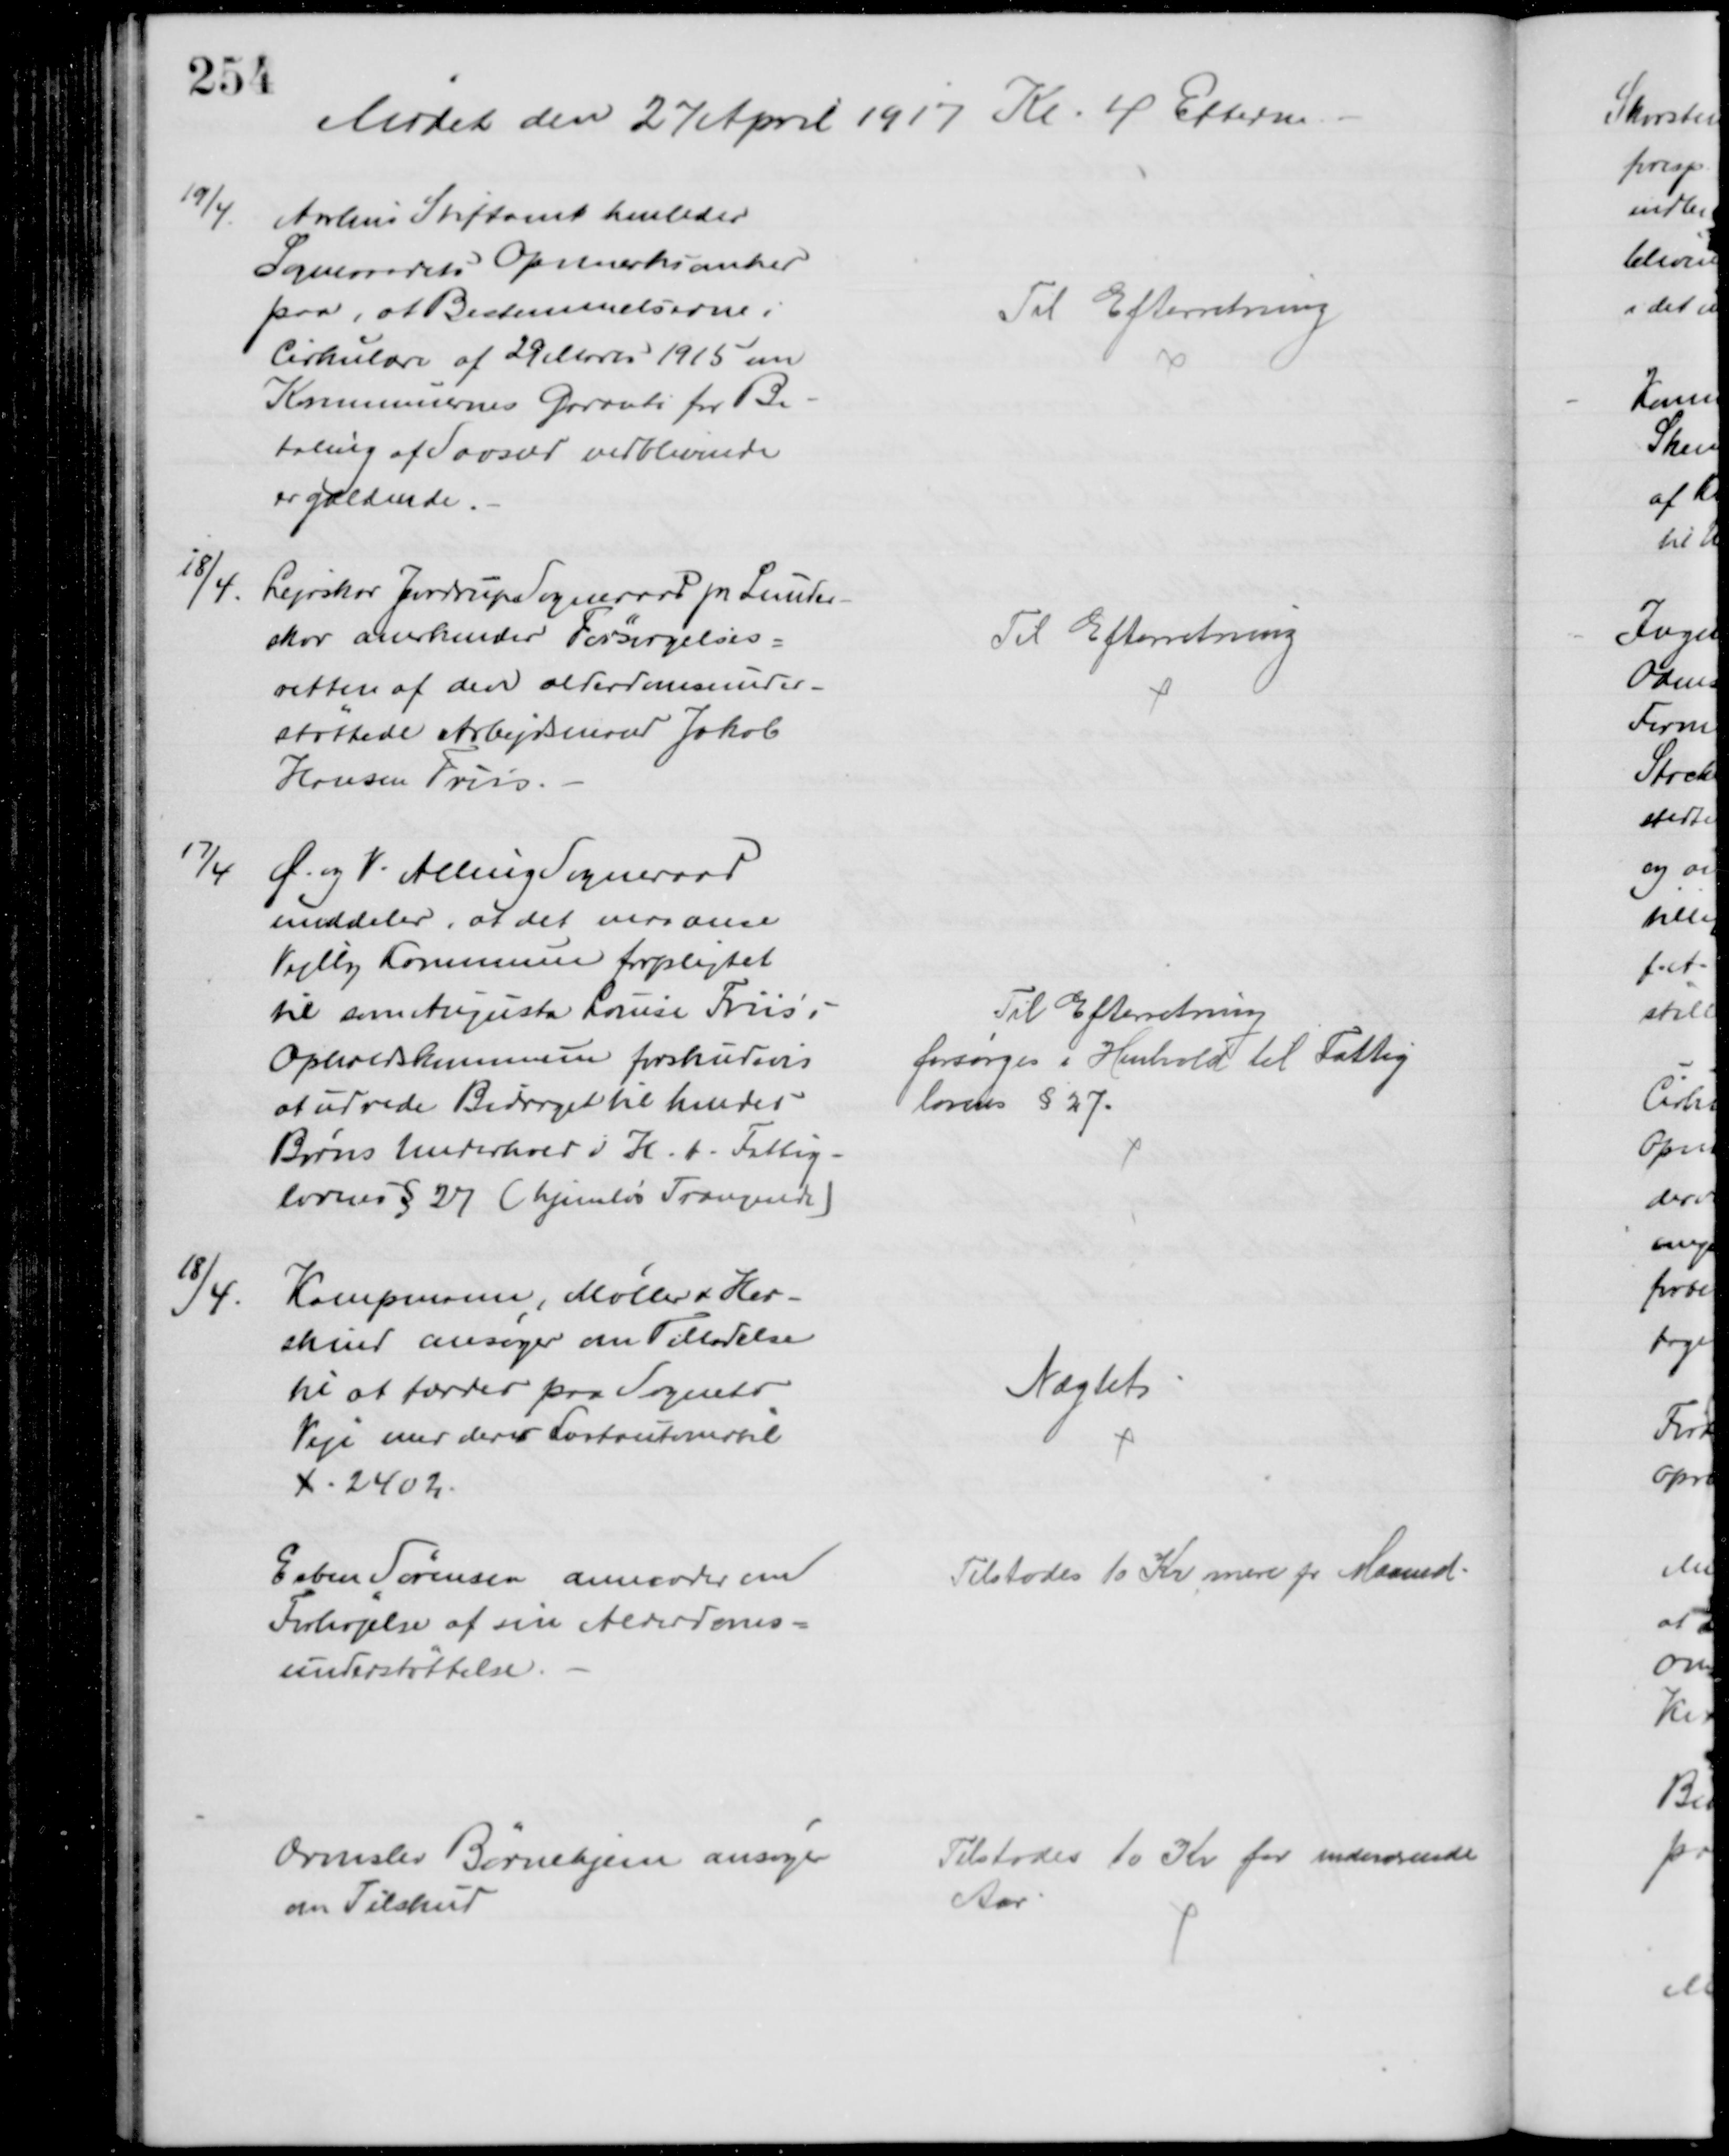
Transskription:
Mødet den 27 April 1917 Kl. 4 Efterm
19/4
Aarhus Stiftamt henleder
Sogneraadets Opmærksomhed
paa, at Bestemmelserne i
Cirkulære af 29 Marts 1915 om
Kommunernes Garanti for Be-
taling af Saasæd vedblivende
er gældende
Til Efterretning
18/4
Lejrskov Jordrup Sogneraad pr Lunder-
skov anerkender Forsørgelses=
retten af den alderdomsunder=
støttede Arbejdsmand Jakob
Hansen Friis
Til Efterretning
17/4
Ø. og V. Alling Sogneraad
meddeler, at det maa anse
Vejlby Kommune forpligtet
til som Augusta Louise Friis's
Opholdskommune forskudsvis
at udrede Bidraget til hendes
Børns Underhold i H. t. Fattig-
lovens § 27 (hjemløs Trængende)
Til Efterretning
forsørges i Henhold til Fattig
lovens § 27.
18/4
Kampmann, Møller & Her-
skind ansøger om Tilladelse
til at færdes paa Sognets
Veje med deres Lastautomobil
X - 2402.
Nægtet
Esben Sørensen anmoder om
Forhøjelse af sin Alderdoms-
understøttelse
Tilstodes 10 Kr mere pr Maaned.
Ormslev Børnehjem ansøger
om Tilskud
Tilstodes 10 Kr for indeværende
Aar